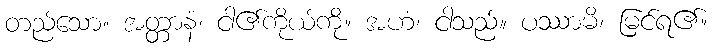
တည်သော။ အတ္တာနံ၊ ငါ၏ကိုယ်ကို။ အဟံ၊ ငါသည်။ ပဿာမိ၊ မြင်ရ၏။